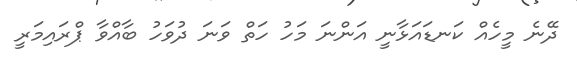
ދޭނެ މީހެއް ކަނޑައަޅާނީ އަންނަ މަހު ހަތް ވަނަ ދުވަހު ބާއްވާ ޕްރައިމަރީ